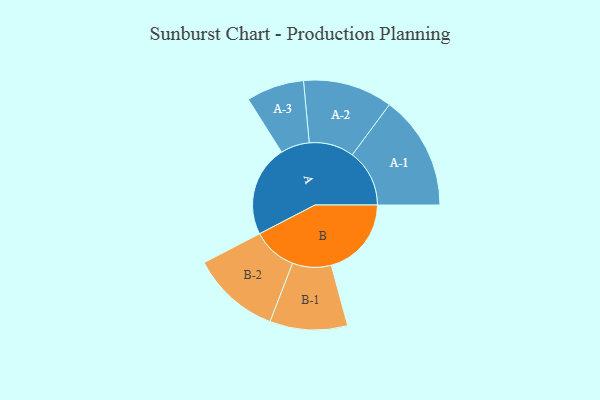
{"axis": {"x": "Segment", "y": "Value"}, "legend": ["", "A", "B"], "data": [{"x": "A", "y": 470, "type": ""}, {"x": "B", "y": 413, "type": ""}, {"x": "A-1", "y": 295, "type": "A"}, {"x": "A-2", "y": 231, "type": "A"}, {"x": "A-3", "y": 149, "type": "A"}, {"x": "B-1", "y": 200, "type": "B"}, {"x": "B-2", "y": 229, "type": "B"}]}